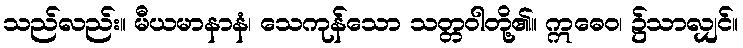
သည်လည်း။ မီယမာနာနံ၊ သေကုန်သော သတ္တဝါတို့၏။ ဣဓေဝ၊ ၌သာလျှင်။